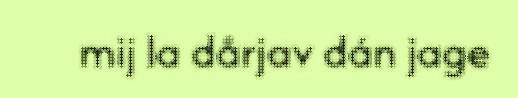
mij la dårjav dán jage